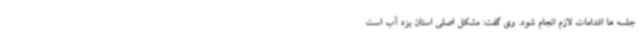
جلسه ها اقدامات لازم انجام شود. وی گفت: مشکل اصلی استان یزد آب است